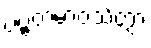
ပဗ္ဗတမာဝသိတွာ